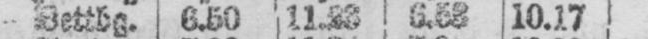
- Bettbg. 6.50 11.23 6.53 10.17